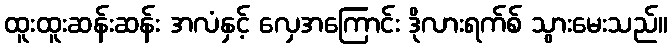
ထူးထူးဆန်းဆန်း အလံနှင့် လှေအကြောင်း ဒိုလားရက်စ် သွားမေးသည်။